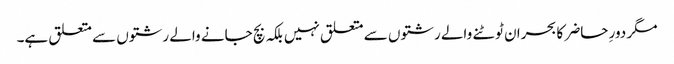
مگر دورِ حاضر کا بحران ٹوٹنے والے رشتوں سے متعلق نہیں بلکہ بچ جانے والے رشتوں سے متعلق ہے۔